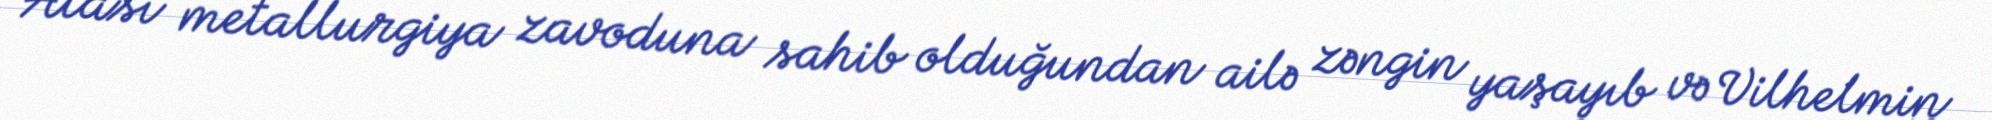
Atası metallurgiya zavoduna sahib olduğundan ailə zəngin yaşayıb və Vilhelmin